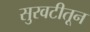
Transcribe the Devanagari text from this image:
सुरवटीतून